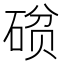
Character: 𮀧